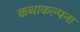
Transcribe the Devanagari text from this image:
कथाकल्पना